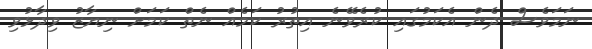
ނަމަވެސް ދެން އެކަމުގައި ކުރެވޭނެ އިތުރު ކަމެއް ނެތް ކަމަށް ނިޔާޒު ވިދާޅުވި